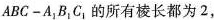
ABC-A_{1}B_{1}C_{1}的所有棱长都为2，